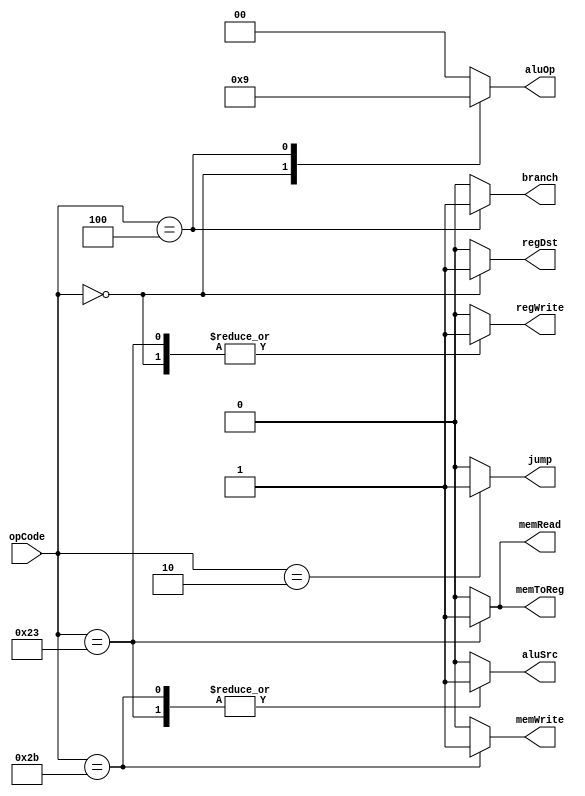
`timescale 1ns / 1ps
//////////////////////////////////////////////////////////////////////////////////
// Company: 
// Engineer: 
// 
// Design Name: 
// Module Name: Ctr
// Project Name: 
// Target Devices: 
// Tool Versions: 
// Description: 
// 
// Dependencies: 
// 
// Revision:
// Revision 0.01 - File Created
// Additional Comments:
// 
//////////////////////////////////////////////////////////////////////////////////


module Ctr(
    input [5:0] opCode,
    output regDst,
    output aluSrc,
    output memToReg,
    output regWrite,
    output memRead,
    output memWrite,
    output branch,
    output [1:0] aluOp,
    output jump
    );
    reg RegDst;
    reg ALUSrc;
    reg MemToReg;
    reg RegWrite;
    reg MemRead;
    reg MemWrite;
    reg Branch;
    reg [1:0] ALUOp;
    reg Jump;
    
    always @(opCode)
    begin
        case(opCode)
            6'b000000:      //R
            begin
                RegDst=1;
                ALUSrc=0;
                MemToReg=0;
                RegWrite=1;
                MemRead=0;
                MemWrite=0;
                Branch=0;
                ALUOp=2'b10;
                Jump=0;
            end
            6'b100011:      //lw
            begin
                RegDst=0;
                ALUSrc=1;
                MemToReg=1;
                RegWrite=1;
                MemRead=1;
                MemWrite=0;
                Branch=0;
                ALUOp=2'b00;
                Jump=0;
            end
            6'b101011:      //sw
            begin
                RegDst=0;
                ALUSrc=1;
                MemToReg=0;
                RegWrite=0;
                MemRead=0;
                MemWrite=1;
                Branch=0;
                ALUOp=2'b00;
                Jump=0;
            end
            6'b000100:         //beq
            begin
                RegDst=0;
                ALUSrc=0;
                MemToReg=0;
                RegWrite=0;
                MemRead=0;
                MemWrite=0;
                Branch=1;
                ALUOp=2'b01;
                Jump=0;
            end
            6'b000010:         //jump
            begin
                RegDst=0;
                ALUSrc=0;
                MemToReg=0;
                RegWrite=0;
                MemRead=0;
                MemWrite=0;
                Branch=0;
                ALUOp=2'b00;
                Jump=1;
            end
            default:
            begin
                RegDst=0;
                ALUSrc=0;
                MemToReg=0;
                RegWrite=0;
                MemRead=0;
                MemWrite=0;
                Branch=0;
                ALUOp=2'b00;
                Jump=0;
            end
        endcase
    end
    
    assign regDst=RegDst;
    assign aluSrc=ALUSrc;
    assign memToReg=MemToReg;
    assign regWrite=RegWrite;
    assign memRead=MemRead;
    assign memWrite=MemWrite;
    assign branch=Branch;
    assign aluOp=ALUOp;
    assign jump=Jump;
    
            
                
endmodule